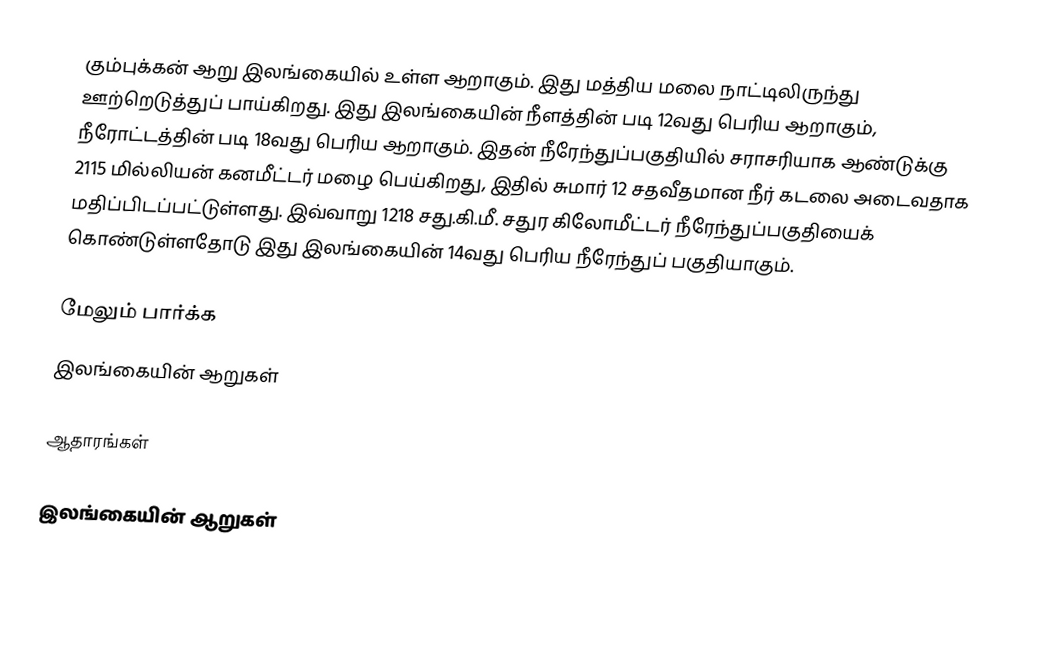
கும்புக்கன் ஆறு இலங்கையில் உள்ள ஆறாகும். இது மத்திய மலை நாட்டிலிருந்து ஊற்றெடுத்துப் பாய்கிறது. இது இலங்கையின் நீளத்தின் படி 12வது பெரிய ஆறாகும், நீரோட்டத்தின் படி 18வது பெரிய ஆறாகும். இதன் நீரேந்துப்பகுதியில் சராசரியாக ஆண்டுக்கு 2115 மில்லியன் கனமீட்டர் மழை பெய்கிறது, இதில் சுமார் 12 சதவீதமான நீர் கடலை அடைவதாக மதிப்பிடப்பட்டுள்ளது. இவ்வாறு 1218 சது.கி.மீ. சதுர கிலோமீட்டர் நீரேந்துப்பகுதியைக் கொண்டுள்ளதோடு இது இலங்கையின் 14வது பெரிய நீரேந்துப் பகுதியாகும்.

மேலும் பார்க்க
 இலங்கையின் ஆறுகள்

ஆதாரங்கள்

இலங்கையின் ஆறுகள்